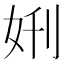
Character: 𫰘